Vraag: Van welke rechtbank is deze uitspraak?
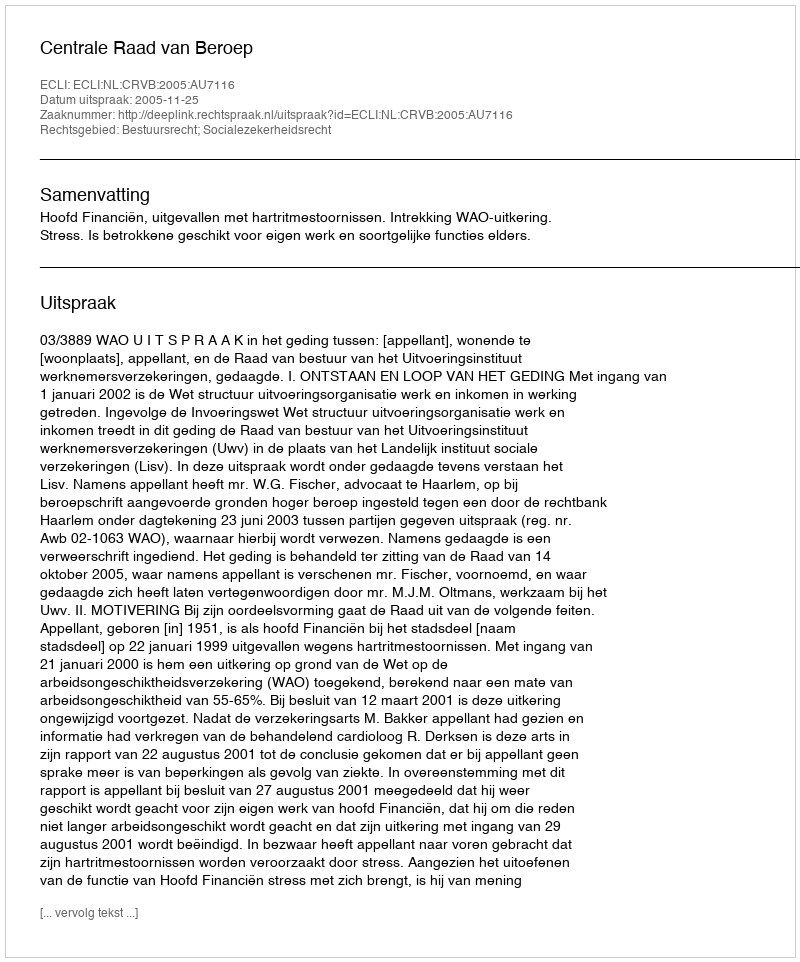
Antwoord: Centrale Raad van Beroep